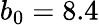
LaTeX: b_{0}=8.4